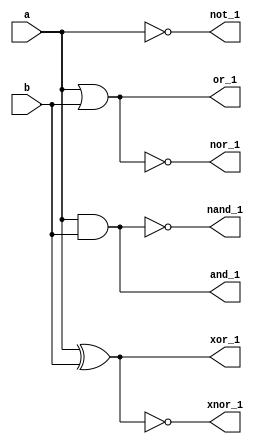
`timescale 1ns / 1ps



module logic_structural(a,b,and_1,or_1,nand_1,nor_1,not_1,xor_1,xnor_1);
input a,b;
output and_1,or_1,nand_1,nor_1,not_1,xor_1,xnor_1;
and u0(and_1,a,b);
or u1(or_1,a,b);
nand u2(nand_1,a,b);
nor u3(nor_1,a,b);
not u4(not_1,a);
xor u5(xor_1,a,b);
xnor u6(xnor_1,a,b);
endmodule